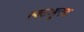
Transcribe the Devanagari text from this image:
स्वतःहूनच